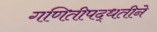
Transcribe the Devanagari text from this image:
गणितीपद्धतीने